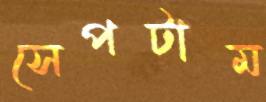
সেপটাম